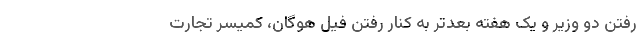
رفتن دو وزیر و یک هفته بعدتر به کنار رفتن فیل هوگان، کمیسر تجارت